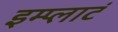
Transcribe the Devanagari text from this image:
इम्प्लाटं